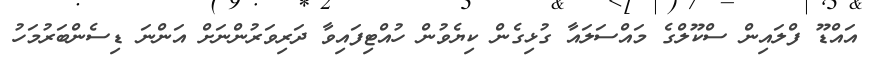
އައްޑޫ ފްލައިން ސްކޫލްގެ މައްސަލައާ ގުޅިގެން ކިޔެވުން ހުއްޓިފައިވާ ދަރިވަރުންނަށް އަންނަ ޑިސެންބަރުމަހު